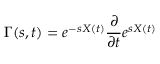
\Gamma ( s , t ) = e ^ { - s X ( t ) } { \frac { \partial } { \partial t } } e ^ { s X ( t ) }